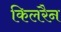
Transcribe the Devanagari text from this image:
किलरैन